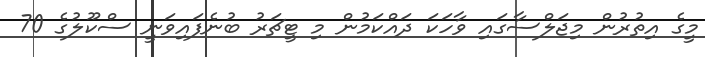
މީގެ އިތުރުން މިޖަލްސާގައި ވާހަކަ ދައްކަމުން މި ޓީޗަރު ބުނެފައިވަނީ ސްކޫލުގެ 70